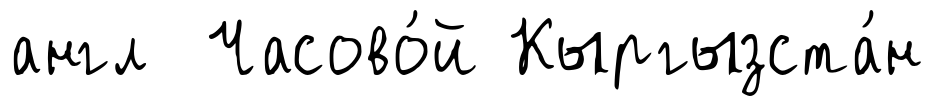
англ Часово́й Кыргызста́н